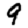
Digit: 9